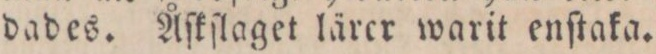
dades. Åſkſlaget lärer warit enſtaka.